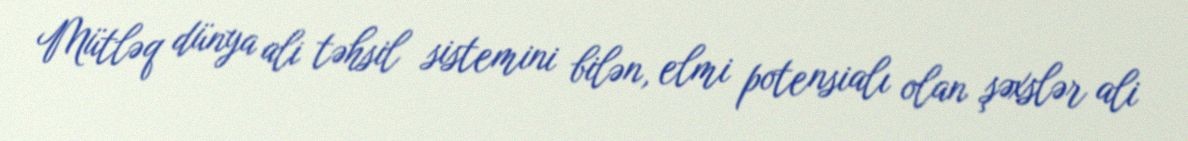
Mütləq dünya ali təhsil sistemini bilən, elmi potensialı olan şəxslər ali